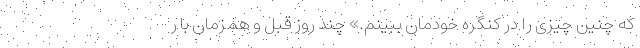
که چنین چیزی را در کنگره خودمان ببینم.» چند روز قبل و همزمان با ر